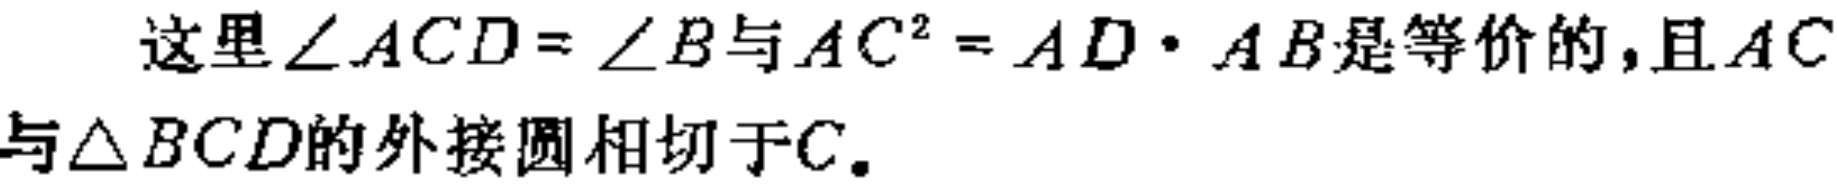
这里$\angle ACD = \angle B$与$AC^{2} = AD\cdot AB$是等价的，且$AC$与$\triangle BCD$的外接圆相切于$C.$